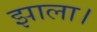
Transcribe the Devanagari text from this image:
झाला।